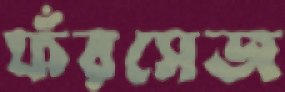
ফঁরসেজ